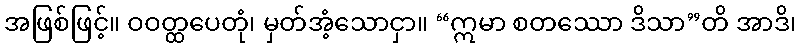
အဖြစ်ဖြင့်။ ဝဝတ္ထပေတုံ၊ မှတ်အံ့သောငှာ။ “ဣမာ စတဿော ဒိသာ”တိ အာဒိ၊